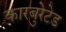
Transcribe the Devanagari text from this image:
कारबुरेटेड